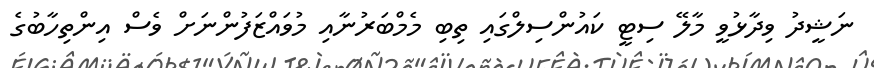
ނަޝީދު ވިދާޅުވީ މާލޭ ސިޓީ ކައުންސިލްގައި ތިބި މެމްބަރުނާއި މުވައްޒަފުންނަށް ވެސް އިންތިހާބުގެ